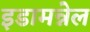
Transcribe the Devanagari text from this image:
इडामन्नेल